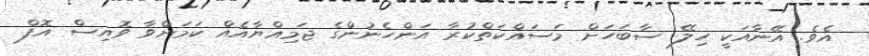
އެވެ. އޭނާއަކީ ހިލޭ ސާބަހަށް މަސައްކަތްކުރާ އަންހެނުންގެ ޖަމިއްޔާއެއް ކަމަށްވާ ވޮއިސް އޮފް